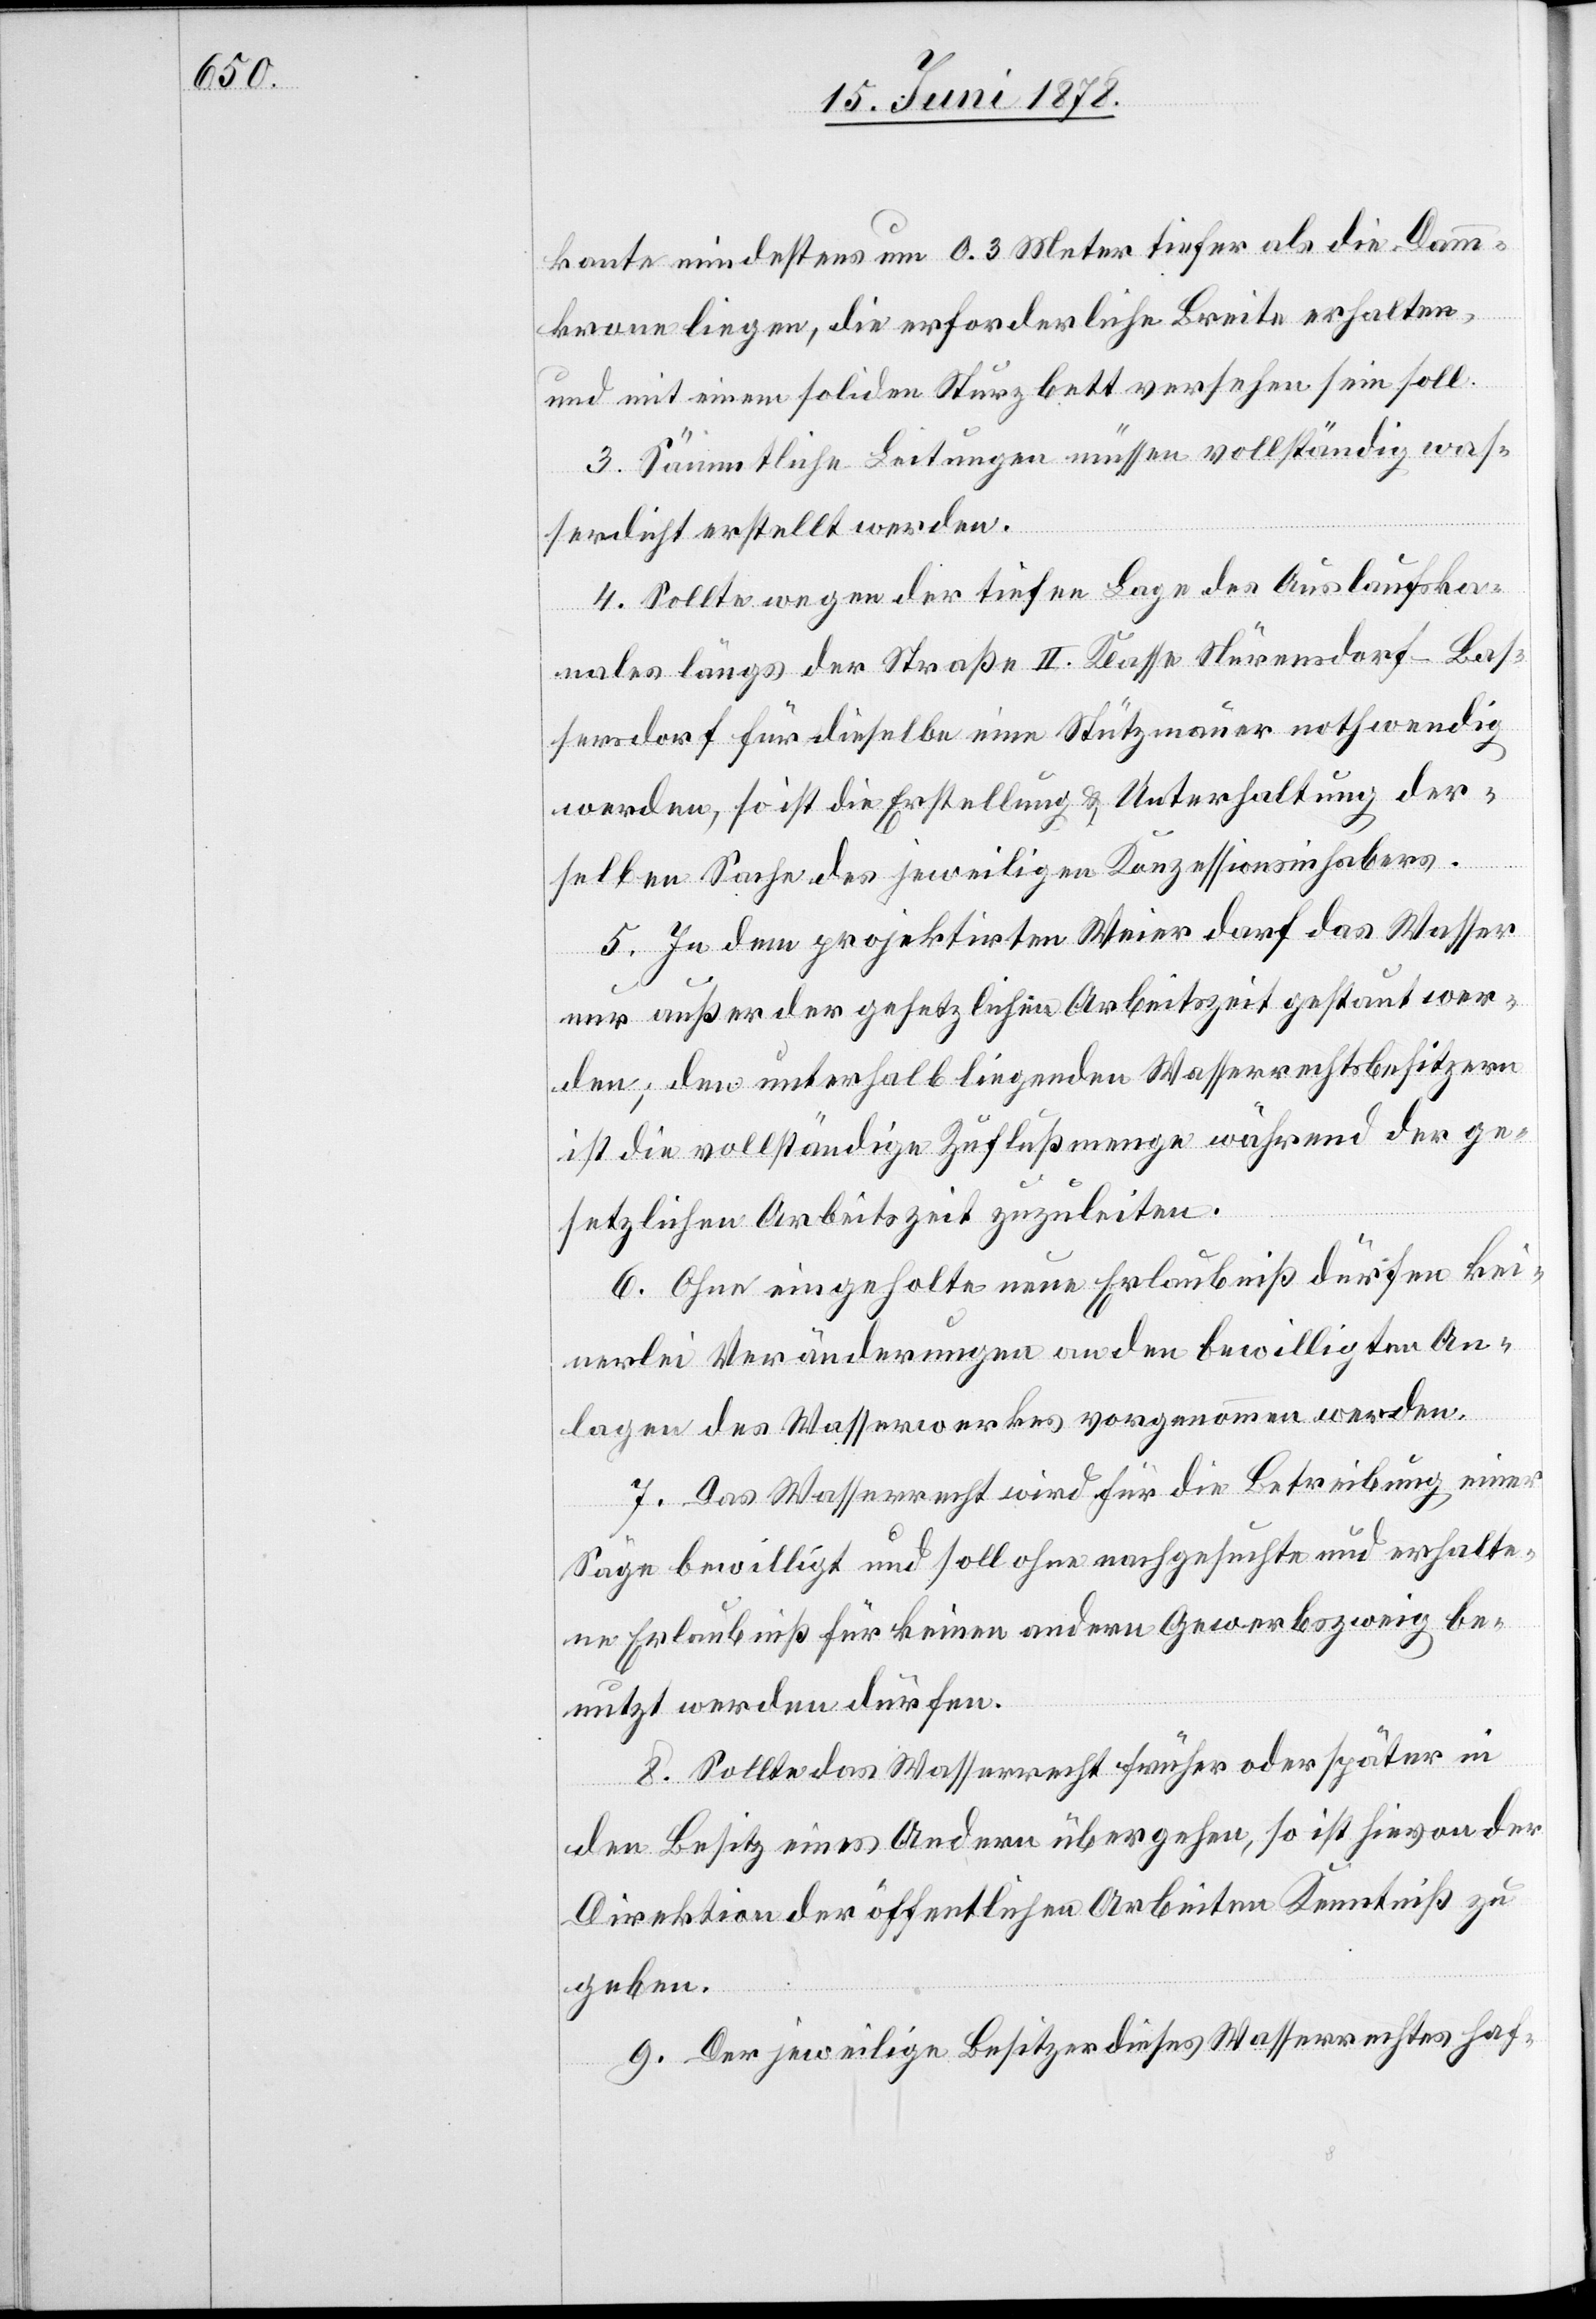
kante mindestens um 0.3 Meter tiefer als die Damm¬
krone liegen, die erforderliche Breite erhalten,
und mit einem soliden Sturzbett versehen sein soll.
3. Sämmtliche Leitungen müssen vollständig was¬
serdicht erstellt werden.
4. Sollte wegen der tiefen Lage des Auslaufska¬
nales längs der Straße II. Klasse Nürensdorf–Bas¬
sersdorf für dieselbe eine Stützmauer nothwendig
werden, so ist die Erstellung & Unterhaltung der¬
selben Sache des jeweiligen Konzessionsinhabers.
5. In dem projektirten Weier darf das Wasser
nur außer der gesetzlichen Arbeitszeit gestaut wer¬
den, den unterhalb liegenden Wasserrechtsbesitzern
ist die vollständige Zuflußmenge während der ge¬
setzlichen Arbeitszeit zuzuleiten.
6. Ohne eingeholte neue Erlaubniß dürfen kei¬
nerlei Veränderungen an den bewilligten An¬
lagen des Wasserwerkes vorgenommen werden.
7. Das Wasserrecht wird für die Betreibung einer
Säge bewilligt und soll ohne nachgesuchte und erhalte¬
ne Erlaubniß für keinen andern Gewerbszweig be¬
nutzt werden dürfen.
8. Sollte das Wasserrecht früher oder später in
den Besitz eines Andern übergehen, so ist hievon der
Direktion der öffentlichen Arbeiten Kenntniß zu
geben.
9. Der jeweilige Besitzer dieses Wasserrechtes haf-